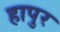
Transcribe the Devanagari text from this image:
हापुर